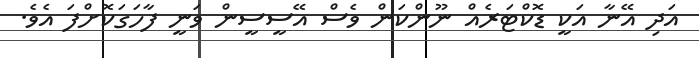
އަދި އޭނާ އަކީ ޑޮކްޓަރެއް ނޫންކަން ވެސް އޭސީސީން ވަނީ ފާހަގަކޮށްފަ އެވެ.